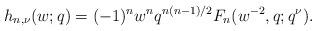
LaTeX: \begin{align*}h_{n,\nu}(w;q)=(-1)^{n}w^{n}q^{n(n-1)/2}F_{n}(w^{-2},q;q^{\nu}).\end{align*}